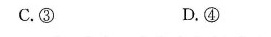
C. ③ D. ④